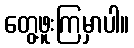
တွေ့ဖူးကြမှာပါ။